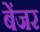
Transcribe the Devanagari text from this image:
बेंजर